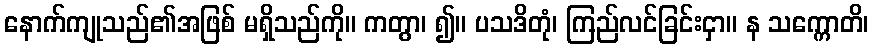
နောက်ကျုသည်၏အဖြစ် မရှိသည်ကို။ ကတွာ၊ ၍။ ပသဒိတုံ၊ ကြည်လင်ခြင်းငှာ။ န သက္ကောတိ၊